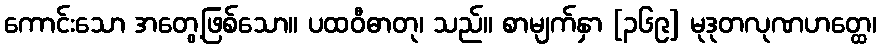
ကောင်းသော အတွေ့ဖြစ်သော။ ပထဝီဓာတု၊ သည်။ စာမျက်နှာ [၃၆၉] မုဒုတလုဏဟတ္ထေ၊